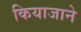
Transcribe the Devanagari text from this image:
कियाजाने